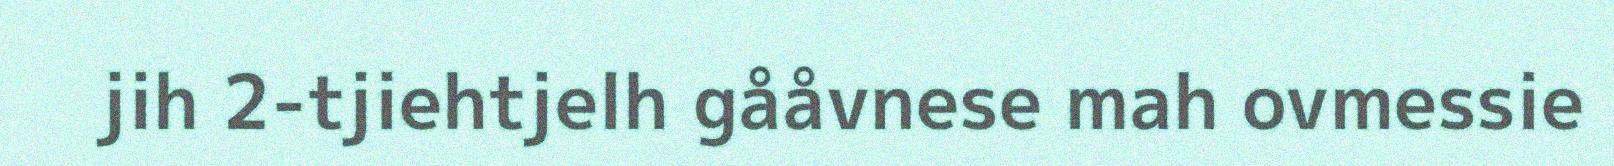
jih 2-tjiehtjelh gååvnese mah ovmessie